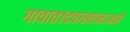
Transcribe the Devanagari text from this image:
गावात१दवाखानाआहे